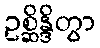
ဥစ္ဆိန္ဒိတွာ